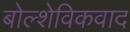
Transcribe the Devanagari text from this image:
बोल्शेविकवाद